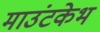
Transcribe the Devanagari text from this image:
माउंटकेभ